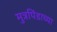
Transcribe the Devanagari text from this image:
मुत्रपिंडाच्या